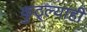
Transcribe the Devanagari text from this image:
कुठ्ल्याही